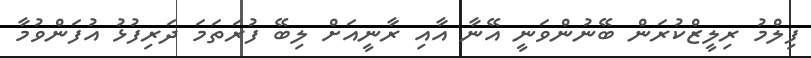
ފިލްމު ރިލީޒްކުރަން ބޭނުންވަނީ އޭނާ އާއި ރާނީއަށް ލިބޭ ފުރަތަމަ ދަރިފުޅު އުފަންވުމާ